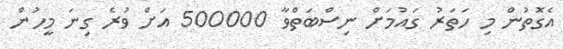
އެގޮތުން މި ހަތަރު ގައުމަށް ނިސްބަތްވާ 500000 އަށް ވުރެ ގިނަ މީހުން